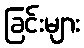
ခြင်းများ